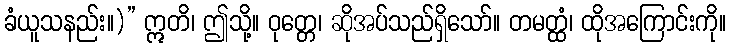
ခံယူသနည်း။)” ဣတိ၊ ဤသို့။ ဝုတ္တေ၊ ဆိုအပ်သည်ရှိသော်။ တမတ္ထံ၊ ထိုအကြောင်းကို။